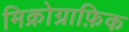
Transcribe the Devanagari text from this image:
मिक्रोग्राफ़िक